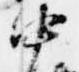
中